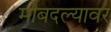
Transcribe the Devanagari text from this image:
मोबदल्यावर